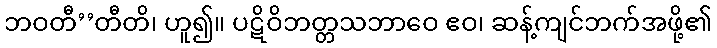
ဘဝတီ’’တီတိ၊ ဟူ၍။ ပဋိဝိဘတ္တသဘာဝေ ဧဝ၊ ဆန့်ကျင်ဘက်အဖို့၏